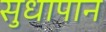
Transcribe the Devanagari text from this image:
सुधापान